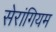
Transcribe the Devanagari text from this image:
सेरांगियम